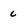
Character: c